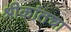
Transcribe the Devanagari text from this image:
श्रीकांतचा